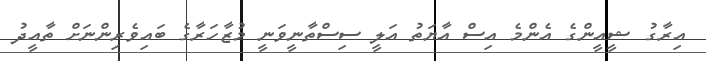
އިރާގު ޝީއީންގެ އެންމެ އިސް އާޔަތު އަލީ ސިސްތާނީވަނީ މުޒާހަރާގެ ބައިވެރިންނަށް ތާއީދު